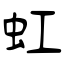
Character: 虹